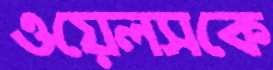
ওয়েলসকে